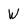
Character: W